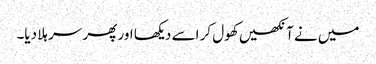
میں نے آنکھیں کھول کر اسے دیکھا اور پھر سر ہلا دیا۔